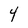
Character: 4